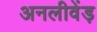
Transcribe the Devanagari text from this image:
अनलीवेंड़